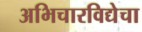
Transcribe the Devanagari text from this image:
अभिचारविद्येचा